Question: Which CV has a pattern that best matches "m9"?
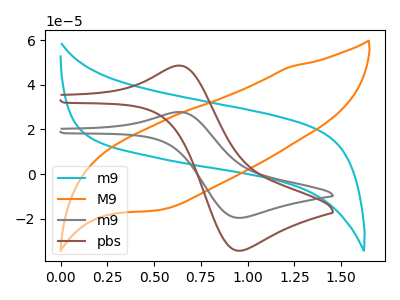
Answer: <think>The cyan curve "m9" has no peaks. The orange curve "M9" has no peaks. The gray curve "m9" has an anodic peak at (0.65V, 27.80uA) and a cathodic peak at (0.95V, -19.65uA). The brown curve "pbs" has an anodic peak at (0.65V, 48.60uA) and a cathodic peak at (0.95V, -34.35uA).
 Neither "m9" or "M9" have any peaks. "m9" and "m9" have a different number of peaks. "m9" and "pbs" have a different number of peaks. "M9" and "m9" have a different number of peaks. "M9" and "pbs" have a different number of peaks. All the peaks in "m9" have a peak in "pbs" at the same potential. Every peak in "m9" is lower than every peak in "pbs".</think>
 <answer>The CV with the most similar shape to "pbs" is "m9".</answer>
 <eval>"m9"</eval>